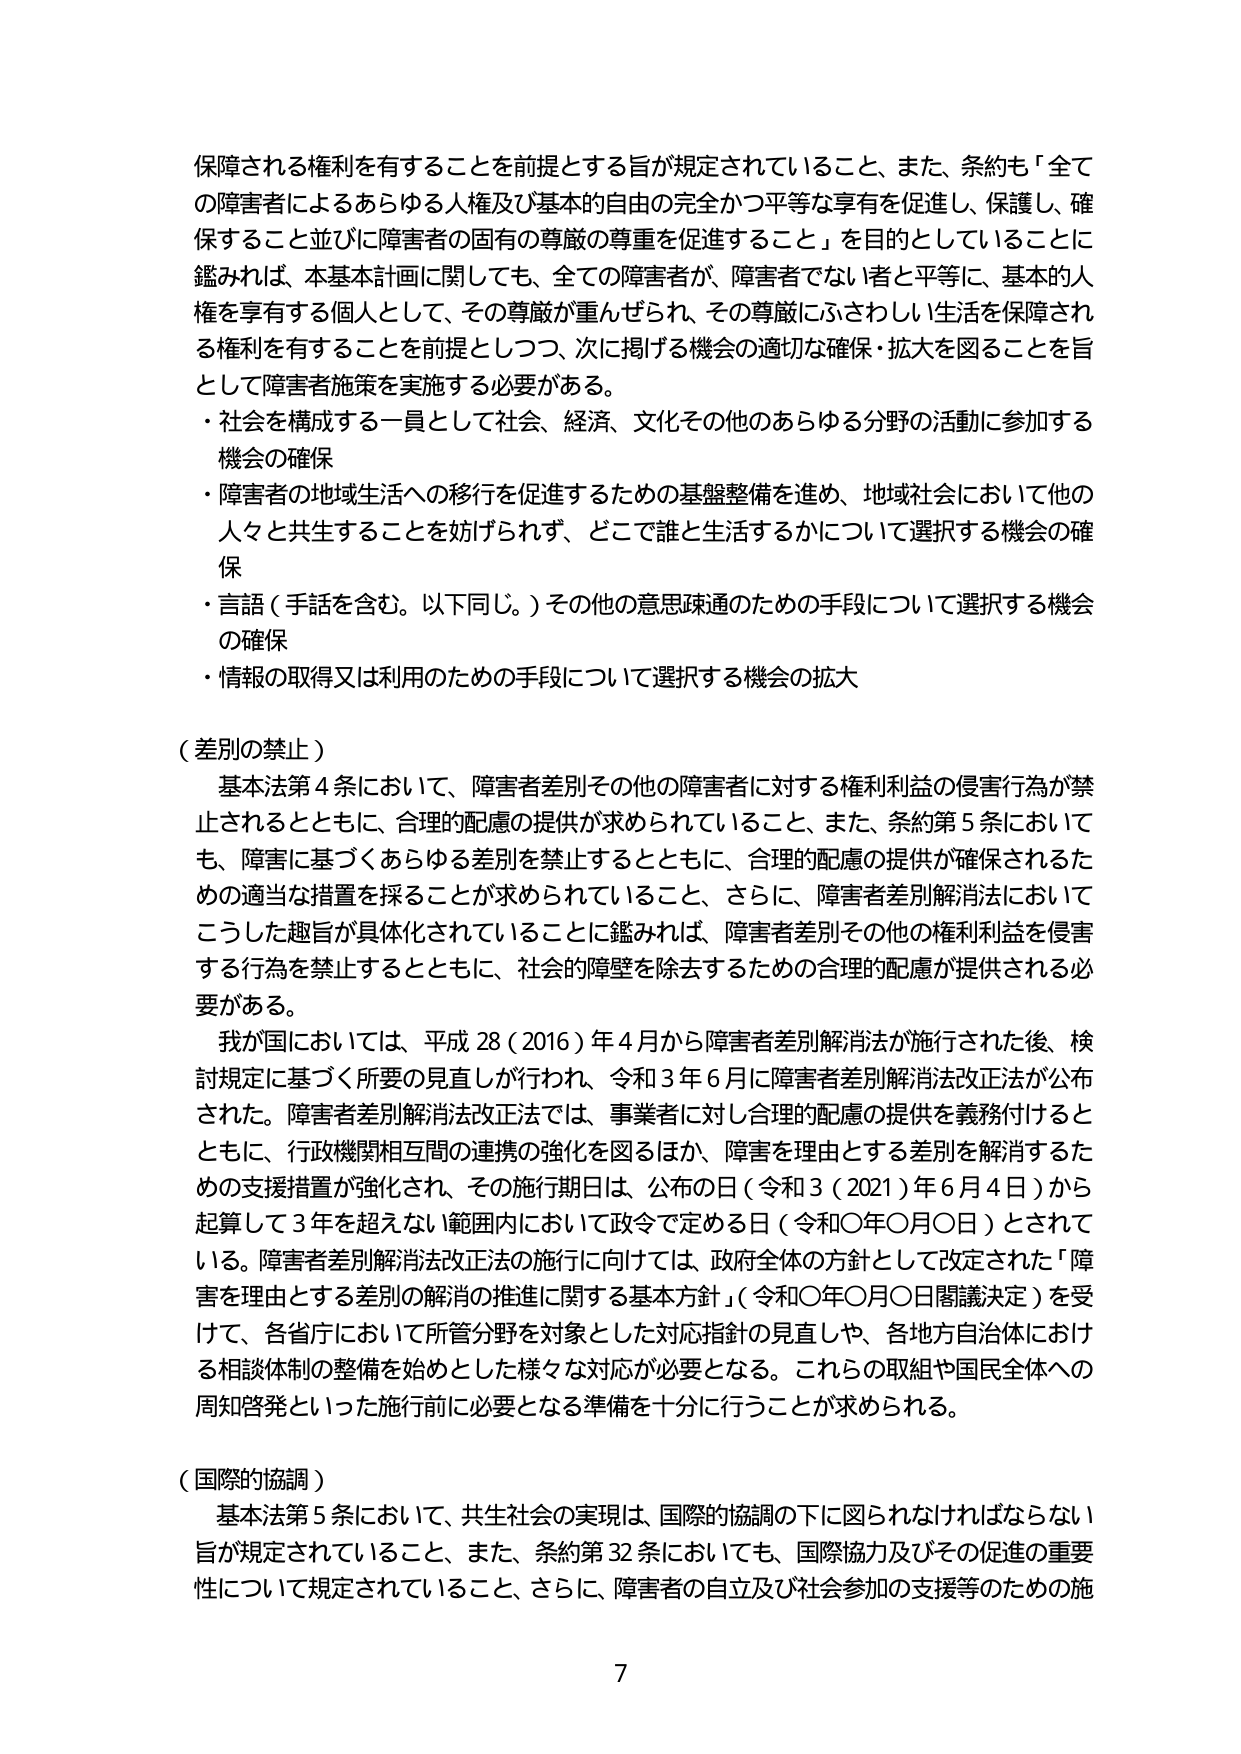
保障される権利を有することを前提とする旨が規定されていること、また、条約も「全ての障害者によるあらゆる人権及び基本的自由の完全かつ平等な享有を促進し、保護し、確保すること並びに障害者の固有の尊厳の尊重を促進すること」を目的としていることに鑑みれば、本基本計画に関しても、全ての障害者が、障害者でない者と平等に、基本的人権を享有する個人として、その尊厳が重んぜられ、その尊厳にふさわしい生活を保障される権利を有することを前提としつつ、次に掲げる機会の適切な確保・拡大を図ることを旨として障害者施策を実施する必要がある。

・社会を構成する一員として社会、経済、文化その他のあらゆる分野の活動に参加する機会の確保

・障害者の地域生活への移行を促進するための基盤整備を進め、地域社会において他の人々と共生することを妨げられず、どこで誰と生活するかについて選択する機会の確保

・言語（手話を含む。以下同じ。）その他の意思疎通のための手段について選択する機会の確保

・情報の取得又は利用のための手段について選択する機会の拡大

（差別の禁止）

基本法第4条において、障害者差別その他の障害者に対する権利利益の侵害行為が禁止されるとともに、合理的配慮の提供が求められていること、また、条約第5条においても、障害に基づくあらゆる差別を禁止するとともに、合理的配慮の提供が確保されるための適当な措置を採ることが求められていること、さらに、障害者差別解消法においてこうした趣旨が具体化されていることに鑑みれば、障害者差別その他の権利利益を侵害する行為を禁止するとともに、社会的障壁を除去するための合理的配慮が提供される必要がある。

我が国においては、平成28（2016）年4月から障害者差別解消法が施行された後、検討規定に基づく所要の見直しが行われ、令和3年6月に障害者差別解消法改正法が公布された。障害者差別解消法改正法では、事業者に対し合理的配慮の提供を義務付けるとともに、行政機関相互間の連携の強化を図るほか、障害を理由とする差別を解消するための支援措置が強化され、その施行期日は、公布の日（令和3（2021）年6月4日）から起算して3年を超えない範囲内において政令で定める日（令和〇年〇月〇日）とされている。障害者差別解消法改正法の施行に向けては、政府全体の方針として改定された「障害を理由とする差別の解消の推進に関する基本方針」（令和〇年〇月〇日閣議決定）を受けて、各省庁において所管分野を対象とした対応指針の見直しや、各地方自治体における相談体制の整備を始めとした様々な対応が必要となる。これらの取組や国民全体への周知啓発といった施行前に必要となる準備を十分に行うことが求められる。

（国際的協調）

基本法第5条において、共生社会の実現は、国際的協調の下に図られなければならない旨が規定されていること、また、条約第32条においても、国際協力及びその促進の重要性について規定されていること、さらに、障害者の自立及び社会参加の支援等のための施

7